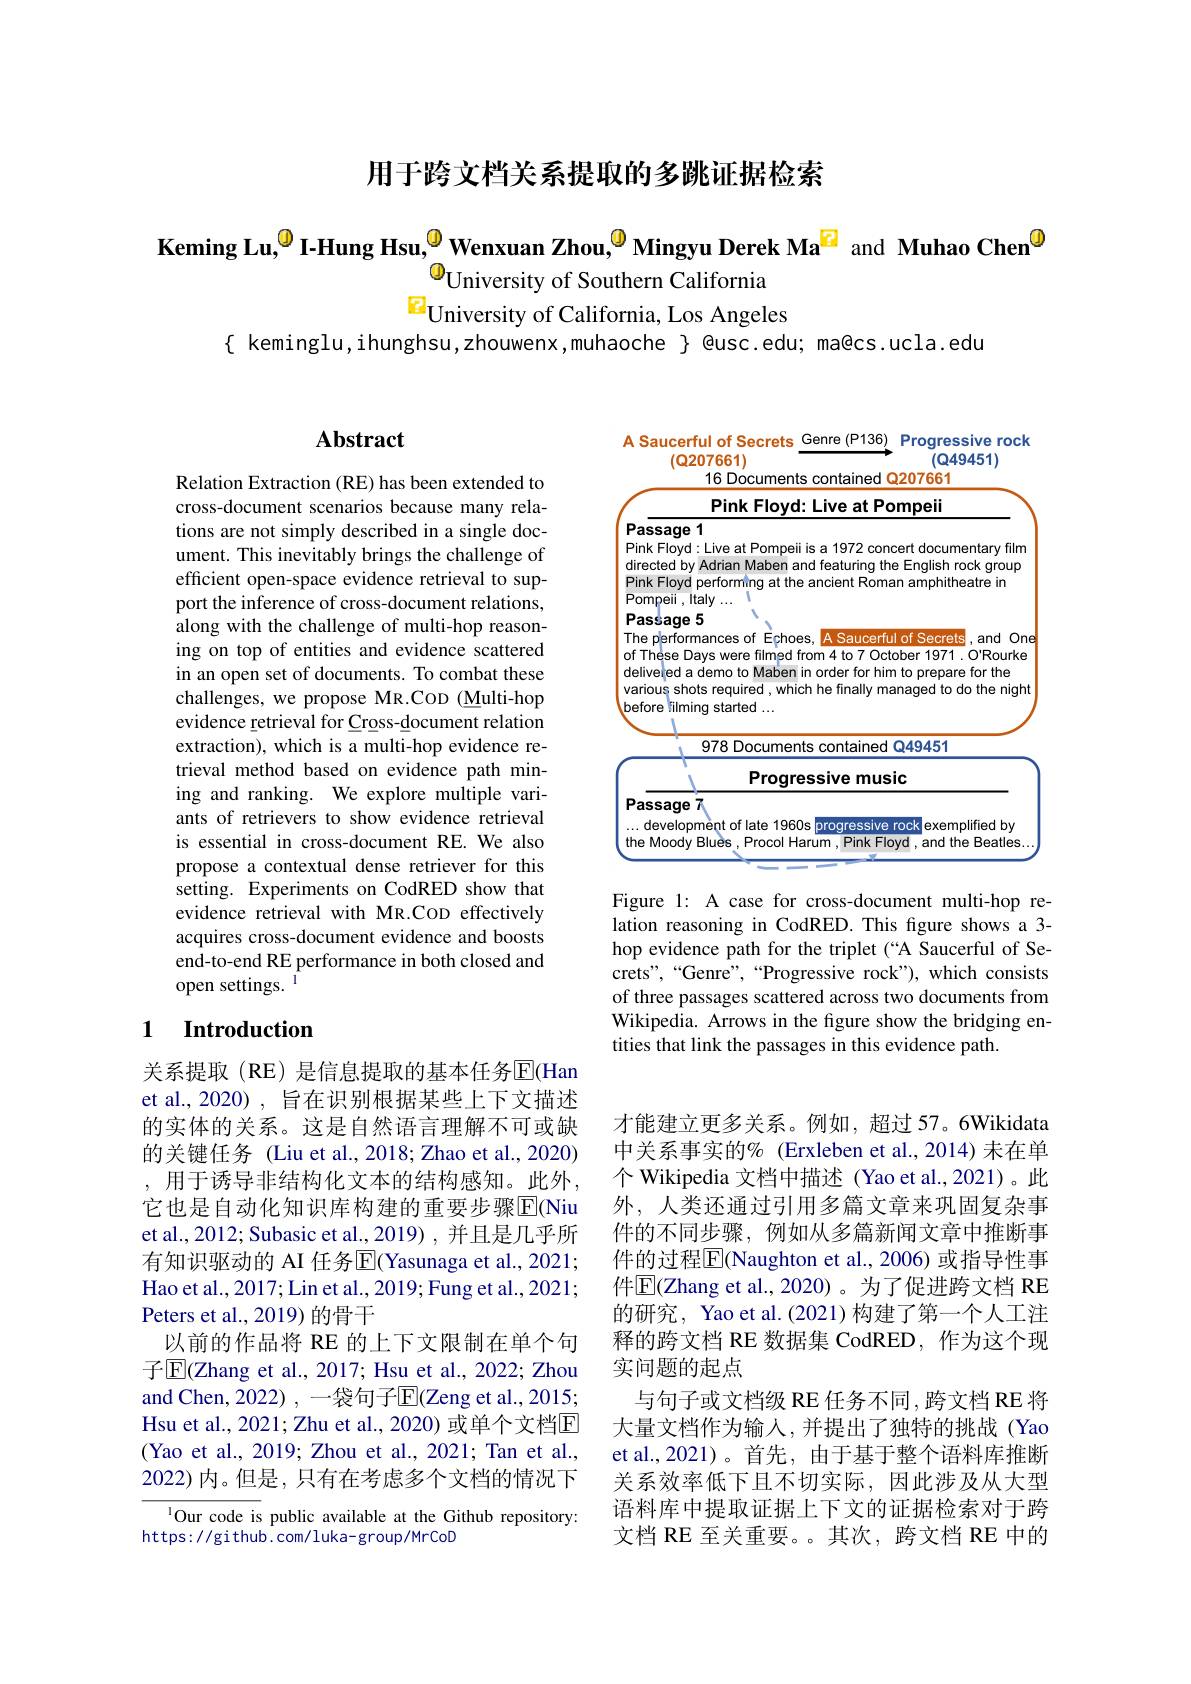
用于跨文档关系提取的多跳证据检索

Keming Lu,$^{\textcircled{0}}$I-Hung Hsu,$^{\textcircled{0}}$Wenxuan Zhou,$^{\textcircled{0}}$Mingyu Derek Ma$^{\textcircled{\mathrm{z}}}$ and Muhao Chen$^{\textcircled{\mathrm{o}}}$
$^{\textcircled{\mathrm{O}}}$University of Southern California
$\mathrm{E}_{\text{University of California, Los Angeles}}$

$\{$ keminglu,ihunghsu,zhouwenx,muhaoche $\}$ @usc.edu; ma@cs.ucla.edu

## $\mathbf{Abstract}$

<table>
	<tbody>
		<tr>
			<td>A Saucerful of Secrets Genre ( P136) $(Q207661)$ 16 Documents contained</td>
			<td>Progressive rock $(Q49451)$ 0207661</td>
		</tr>
		<tr>
			<td>Pink Floyd: Live at Po</td>
			<td>mpeii</td>
		</tr>
		<tr>
			<td>Passage 1</td>
			<td> </td>
		</tr>
		<tr>
			<td>Pink Floyd: Live at Pompeii is a 1972 cond directed by Adrian Maben and featuring tho</td>
			<td>cert documentary film $\frac{1}{7}$ English rock k group</td>
		</tr>
		<tr>
			<td>Passage 5 The plerformances of Ephoes, A Saucerfu of Thése Days were filmed from 4 to 7 Octo deliveled a demo to Maben in order for him various shots required, which he finally ma before『ilming started ...</td>
			<td>lof Secrets,and One ober 1971. O'Rourke r to prepare for the anaged to do the night</td>
		</tr>
		<tr>
			<td>Progressive musi</td>
			<td>$ic$</td>
		</tr>
		<tr>
			<td>Passage 1 $\therefore(1)$ development of late 1960s progressive the Moody Bluès, Procol Harum, Pink Flo</td>
			<td>|exemplified by rock yd,a and the Beatles...</td>
		</tr>
	</tbody>
</table>

Relation Extraction (RE) has been extended to cross-document scenarios because many relations are not simply described in a single document. This inevitably brings the challenge of efficient open-space evidence retrieval to support the inference of cross-document relations, along with the challenge of multi-hop reasoning on top of entities and evidence scattered in an open set of documents. To combat these challenges, we propose MR.COD (Multi-hop evidence retrieval for Cross-document relation extraction), which is a multi-hop evidence retrieval method based on evidence path mining and ranking. We explore multiple variants of retrievers to show evidence retrieval is essential in cross-document RE. We also propose a contextual dense retriever for this setting. Experiments on CodRED show that evidence retrieval with MR.COD effectively acquires cross-document evidence and boosts end-to-end RE performance in both closed and open settings.

Figure 1: A case for cross-document multi-hop relation reasoning in CodRED. This figure shows a 3- hop evidence path for the triplet (“A Saucerful of Secrets",“Genre”,“Progressive rock"),which consists of three passages scattered across two documents from Wikipedia. Arrows in the figure show the bridging entities that link the passages in this evidence path

## 1 Introduction

关系提取(RE)是信息提取的基本任务$\overline{\mathrm{E}}($Han et al., 2020) , 旨在识别根据某些上下文描述的实体的关系。这是自然语言理解不可或缺的关键任务 (Liu et al., 2018; Zhao et al., 2020) ,用于诱导非结构化文本的结构感知。此外， 它也是自动化知识库构建的重要步骤$\overline{\mathrm{E}}($Niu et al., 2012; Subasic et al., 2019) , 并且是几乎所有知识驱动的 AI 任务$\overline{\mathrm{E}}($Yasunaga et al., 2021; Hao et al., 2017; Lin et al., 2019; Fung et al., 2021; Peters et al., 2019) 的骨干
以前的作品将 RE 的上下文限制在单个句子$\mathbb{E}$(Zhang et al., 2017; Hsu et al., 2022; Zhou and Chen, 2022) , 一袋句子$\overline{\mathrm{E}}($Zeng et al., 2015; Hsu et al., 2021; Zhu et al., 2020) 或单个文档E (Yao et al., 2019; Zhou et al., 2021; Tan et al., 2022)内。但是，只有在考虑多个文档的情况下

才能建立更多关系。例如，超过 57。6Wikidata 中关系事实的% (Erxleben et al.,2014) 未在单个 Wikipedia 文档中描述 (Yao et al.,2021)。此外，人类还通过引用多篇文章来巩固复杂事件的不同步骤，例如从多篇新闻文章中推断事件的过程$\overline{\mathrm{E}}$(Naughton et al.,2006)或指导性事件$\boxed{\mathrm{E}}$(Zhang et al., 2020)。为了促进跨文档 RE 的研究，Yao et al.(2021) 构建了第一个人工注释的跨文档 RE 数据集 CodRED, 作为这个现实问题的起点
与句子或文档级 RE 任务不同，跨文档 RE 将大量文档作为输人，并提出了独特的挑战(Yao et al., 2021)。首先，由于基于整个语料库推断关系效率低下且不切实际，因此涉及从大型语料库中提取证据上下文的证据检索对于跨文档 RE 至关重要。。其次，跨文档 RE 中的

lOur code is public available at the Github repository:
https: / / gi thub. com/ luka- group/ Mr CoD